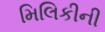
મિલિકીની